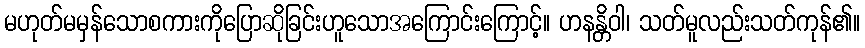
မဟုတ်မမှန်သောစကားကိုပြောဆိုခြင်းဟူသောအကြောင်းကြောင့်။ ဟနန္တိဝါ၊ သတ်မူလည်းသတ်ကုန်၏။